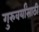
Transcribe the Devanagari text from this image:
गुरुवर्यांसाठी